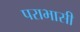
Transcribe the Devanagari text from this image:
पराभासी